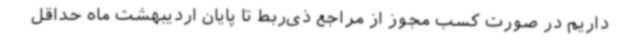
داریم در صورت کسب مجوز از مراجع ذی‌ربط تا پایان اردیبهشت ماه حداقل